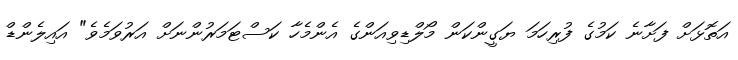
އަތޮޅަށް ފަށާނެ ކަމުގެ ފުރިހަމަ ޔަގީންކަން މޯލްޑިވިއަންގެ އެންމެހާ ކަސްޓަމަރުންނަށް އަރުވަމެވެ" އައިލެންޑް